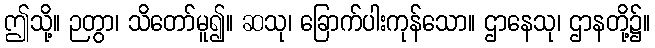
ဤသို့။ ဉတွာ၊ သိတော်မူ၍။ ဆသု၊ ခြောက်ပါးကုန်သော။ ဌာနေသု၊ ဌာနတို့၌။